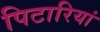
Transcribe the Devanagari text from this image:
पिटारियां